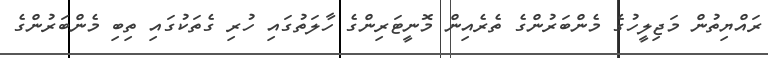
ރައްޔިތުން މަޖިލީހުގެ މެންބަރުންގެ ތެރެއިން މޮނީޓަރިންގެ ހާލަތުގައި ހުރި ގެތަކުގައި ތިބި މެންބަރުންގެ